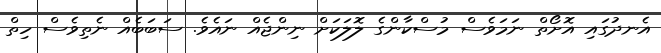
އެނދުގައި އޮށޯތް ނަމަވެސް މުސްކާންގެ ލޮލަކަށް ނިންޖެއް ނައެވެ. ސަބަބެއް ނެތިވެސް ހިތް